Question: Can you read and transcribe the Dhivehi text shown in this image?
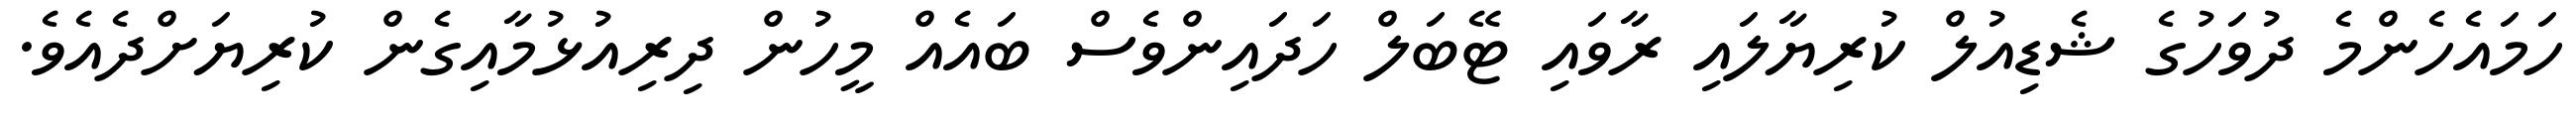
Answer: ހަމައެހެންމެ ދުވަހުގެ ޝެޑިއުލް ކުރިޔާލައި ރާވައި ޓޭބަލް ހަދައިންވެސް ބައެއް މީހުން ދިރިއުޅުމާއިގެން ކުރިޔަށްދެއެވެ.